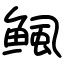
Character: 鲺